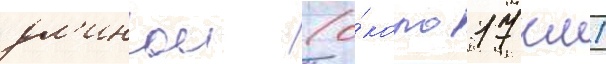
дл'инои (о́коло 17 км)